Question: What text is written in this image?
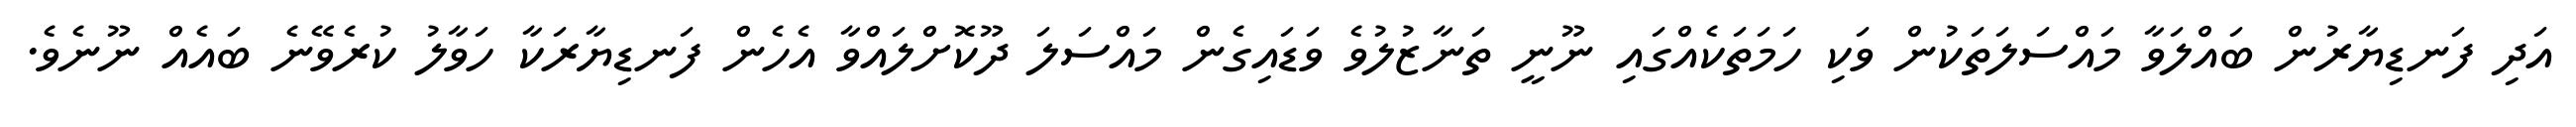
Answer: އަދި ފަނޑިޔާރުން ބައްލަވާ މައްސަލަތަކުން ވަކި ހަމަތަކެއްގައި ނޫނީ ތަނާޒުލުވެ ވަޑައިގެން މައްސަލަ ދޫކޮށްލައްވާ އެހެން ފަނޑިޔާރަކާ ހަވާލު ކުރެވޭނެ ބައެއް ނޫނެވެ.